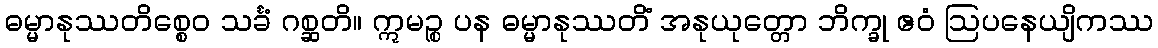
ဓမ္မာနုဿတိစ္စေဝ သင်္ခံ ဂစ္ဆတိ။ ဣမဉ္စ ပန ဓမ္မာနုဿတိံ အနုယုတ္တော ဘိက္ခု ဧဝံ ဩပနေယျိကဿ